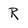
Character: R